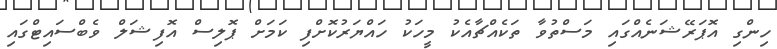
ހިންގި އޮޕަރޭޝަނެއްގައި މަސްތުވާ ތަކެއްޗާއެކު މީހަކު ހައްޔަރުކޮށްފި ކަމަށް ޕޮލިސް އޮފިޝަލް ވެބްސައިޓްގައި